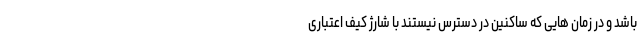
باشد و در زمان هایی که ساکنین در دسترس نیستند با شارژ کیف اعتباری